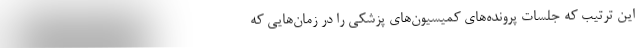
این ترتیب که جلسات پرونده‌های کمیسیون‌های پزشکی را در زمان‌هایی که